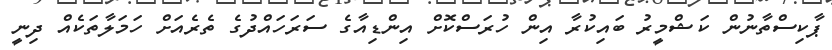
ޕާކިސްތާނުން ކަޝްމީރު ބައިކުރާ އިން ހުރަސްކޮށް އިންޑިއާގެ ސަރަހައްދުގެ ތެރެއަށް ހަމަލާތަކެއް ދިނީ